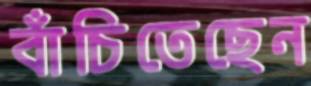
বাঁচিতেছেন